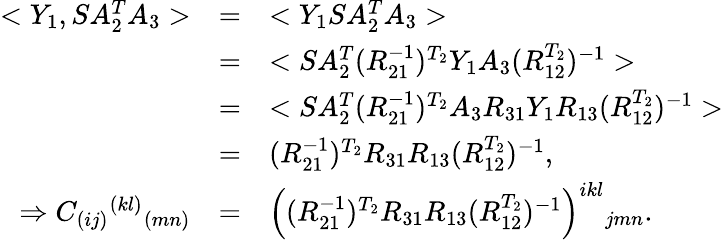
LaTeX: \begin{array}{rcl}{{<Y_{1},SA_{2}^{T}A_{3}>}}&{{=}}&{{<Y_{1}SA_{2}^{T}A_{3}>}}\\ {{}}&{{=}}&{{<SA_{2}^{T}(R_{21}^{-1})^{T_{2}}Y_{1}A_{3}(R_{12}^{T_{2}})^{-1}>}}\\ {{}}&{{=}}&{{<SA_{2}^{T}(R_{21}^{-1})^{T_{2}}A_{3}R_{31}Y_{1}R_{13}(R_{12}^{T_{2}})^{-1}>}}\\ {{}}&{{=}}&{{(R_{21}^{-1})^{T_{2}}R_{31}R_{13}(R_{12}^{T_{2}})^{-1},}}\\ {{\Rightarrow C_{(ij)}{}^{(kl)}{}_{(mn)}}}&{{=}}&{{\left((R_{21}^{-1})^{T_{2}}R_{31}R_{13}(R_{12}^{T_{2}})^{-1}\right)^{ikl}{}_{jmn}.}}\end{array}